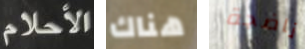
الأحلام هناك ناضجة